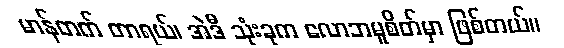
မာန်တက် တာရယ်၊ အဲဒီ သုံးခုက လောဘမူစိတ်မှာ ဖြစ်တယ်။